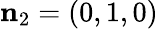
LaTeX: {\mathbf{n}_{2}}=(0,1,0)